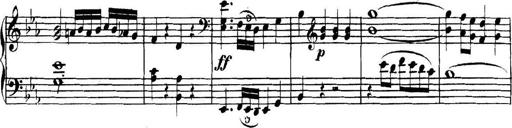
Title: Collected Piano Sonatas
Composer: Muzio Clementi